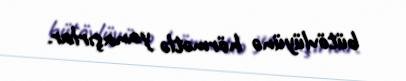
bütövlüyünə hörmətlə yanaşırlar.